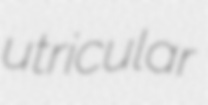
utricular